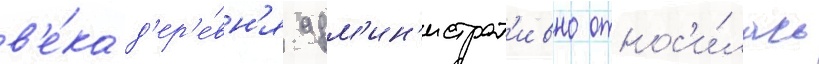
в'е́ка д'ер'е́вн'я адм'ин'истрат'ивно относ'и́лась